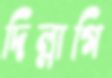
দিল্লাগি